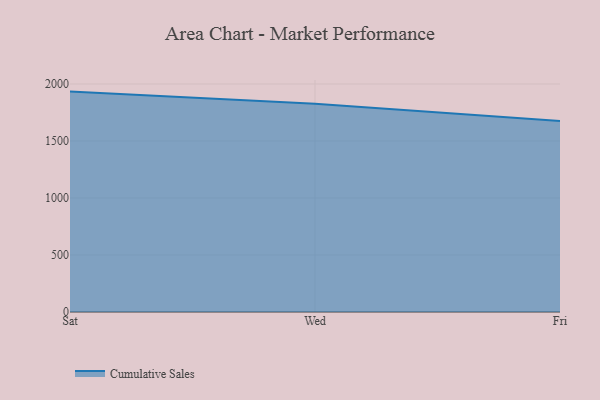
{"axis": {"x": "Day", "y": "Waste Production (Tons)"}, "legend": ["Cumulative Sales"], "data": [{"x": "Sat", "y": 1933.4, "type": "Cumulative Sales"}, {"x": "Wed", "y": 1825.9, "type": "Cumulative Sales"}, {"x": "Fri", "y": 1674.8, "type": "Cumulative Sales"}]}